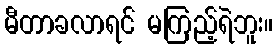
မီတာခလာရင် မကြည့်ရဲဘူး။